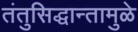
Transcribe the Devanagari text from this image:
तंतुसिद्धान्तामुळे